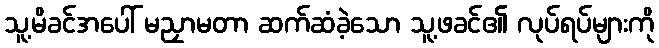
သူ့မိခင်အပေါ် မညှာမတာ ဆက်ဆံခဲ့သော သူ့ဖခင်၏ လုပ်ရပ်များကို